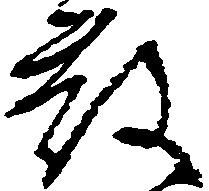
散